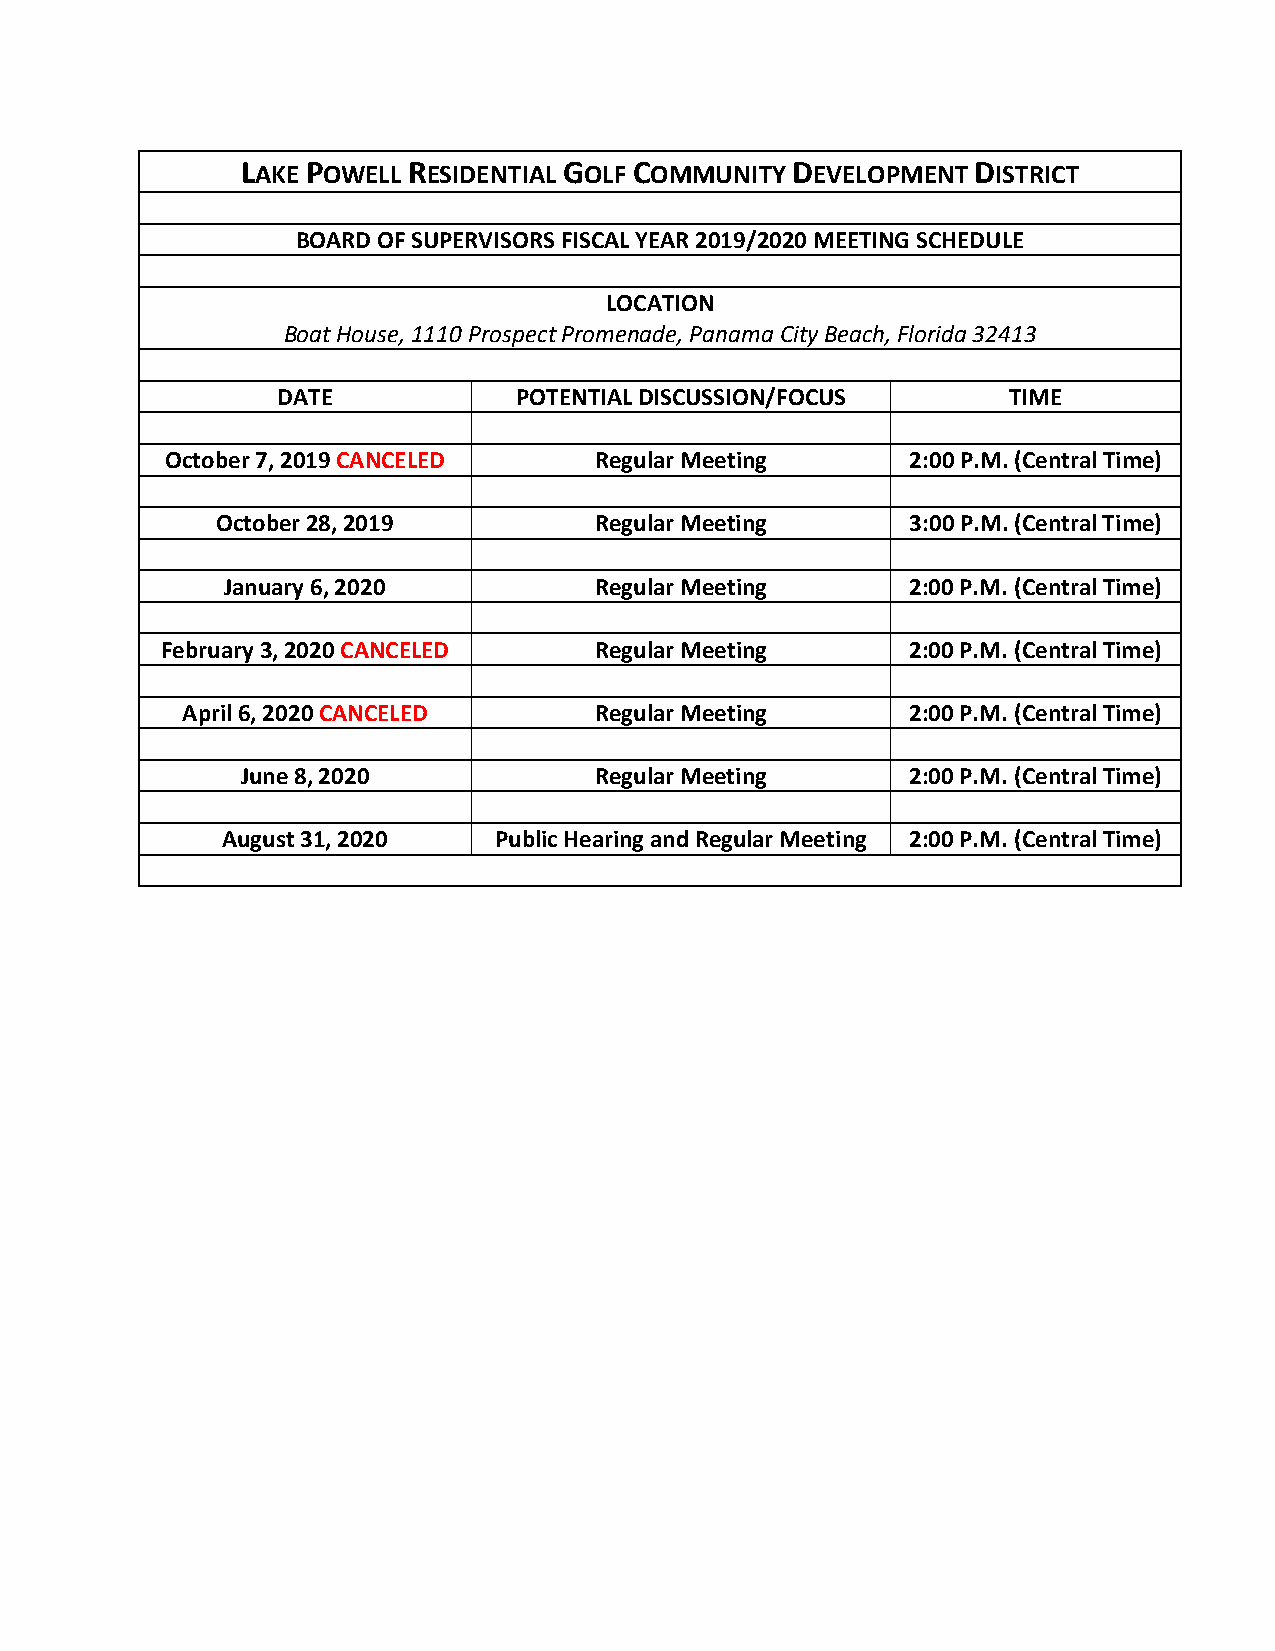
LAKE POWELL RESIDENTIAL GOLF COMMUNITY DEVELOPMENT DISTRICT
 BOARD OF SUPERVISORS FISCAL YEAR 2019/2020 MEETING SCHEDULE
 LOCATION
 Boat House, 1110 Prospect Promenade, Panama City Beach, Florida 32413
 DATE            POTENTIAL DISCUSSION/FOCUS       TIME
 October 7, 2019 CANCELED    Regular Meeting      2:00 P.M. (Central Time)
 October 28, 2019         Regular Meeting      3:00 P.M. (Central Time)
 January 6, 2020         Regular Meeting      2:00 P.M. (Central Time)
 February 3, 2020 CANCELED   Regular Meeting      2:00 P.M. (Central Time)
 April 6, 2020 CANCELED     Regular Meeting      2:00 P.M. (Central Time)
 June 8, 2020           Regular Meeting      2:00 P.M. (Central Time)
 August 31, 2020   Public Hearing and Regular Meeting 2:00 P.M. (Central Time)